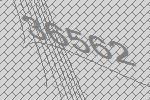
36562